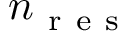
n _ { \mathrm { ~ r ~ e ~ s ~ } }